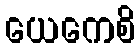
ယေကေစိ